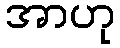
အာဟု